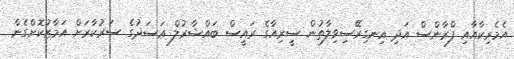
އެމެރިކާއާއި ފްރާންސް އަދި އިނގިރޭސިވިލާތުން ސީރިއާގެ ރައީސް ބައްޝާރުލް އަސަދުގެ ސަރުކާރަށް އަމާޒުކޮށްގެން